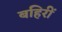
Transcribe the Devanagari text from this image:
बहिरीं